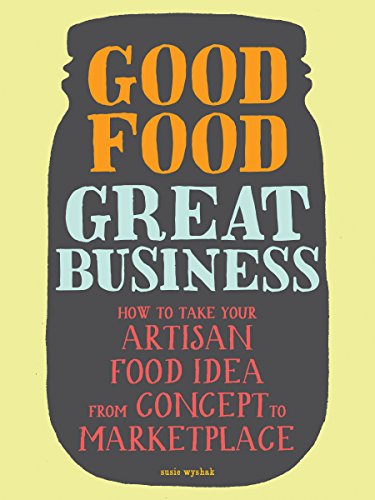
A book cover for Good Food, Great Business: How to Take Your Artisan Food Idea from Concept to Marketplace; Susie Wyshak; Cookbooks, Food & Wine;